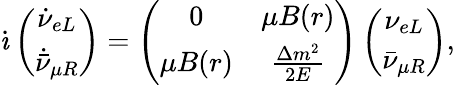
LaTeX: \dot{\imath}\left(\begin{array}{c}{{\dot{\nu}_{eL}}}\\ {{\dot{\bar{\nu}}_{\mu R}}}\end{array}\right)=\left(\begin{array}{cc}{{0}}&{{\mu B(r)}}\\ {{\mu B(r)}}&{{\frac{\Delta m^{2}}{2E}}}\end{array}\right)\left(\begin{array}{c}{{\nu_{eL}}}\\ {{\bar{\nu}_{\mu R}}}\end{array}\right),